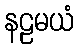
နဠမယံ